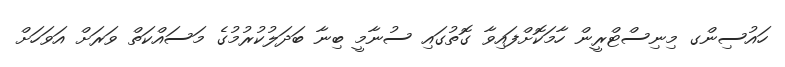
ހައުސިންގ މިނިސްޓްރީން ހާމަކޮށްފައިވާ ގޮތުގައި ސުނާމީ ބިނާ ބަދަލުކުރުމުގެ މަސައްކަތް ވަރަށް އަވަހަށް